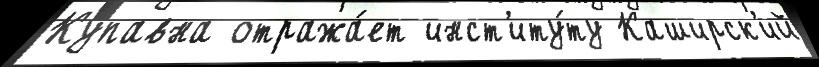
Купавна отража́ет инст'иту́ту Каширск'ий